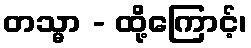
တသ္မာ - ထို့ကြောင့်၊